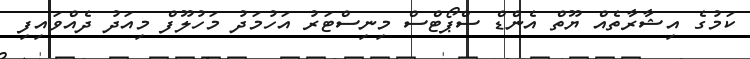
ކަމުގެ އިޝާރާތެއް ޔޫތް އެންޑް ސްޕޯޓްސް މިނިސްޓަރު އަހުމަދު މަހުލޫފް މިއަދު ދެއްވައިފި